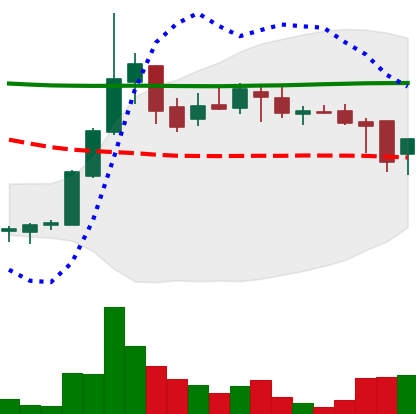
Ticker: DOGE-USD
Chart end date: 2018-08-01
Forward return: -12.057%
Label: down_7plus